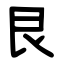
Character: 艮